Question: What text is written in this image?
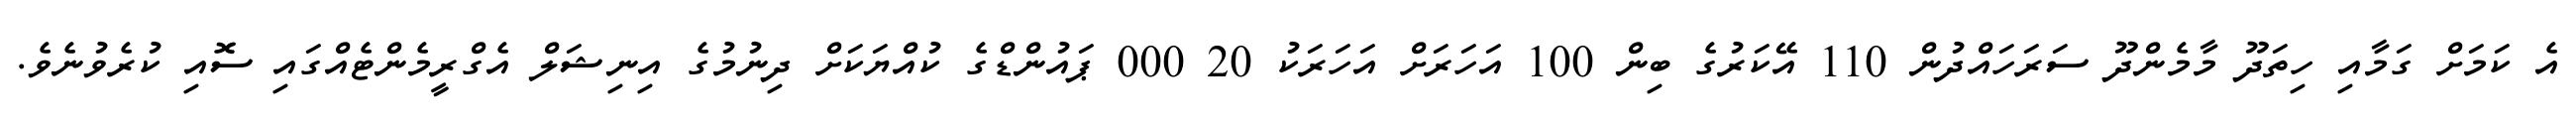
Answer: އެ ކަމަށް ގަމާއި ހިތަދޫ މާމެންދޫ ސަރަހައްދުން 110 އޭކަރުގެ ބިން 100 އަހަރަށް އަހަރަކު 20 000 ޕައުންޑްގެ ކުއްޔަކަށް ދިނުމުގެ އިނިޝަލް އެގްރީމެންޓެއްގައި ސޮއި ކުރެވުނެވެ.